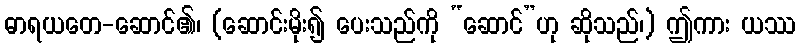
ဓာရယတေ-ဆောင်၏၊ (ဆောင်းမိုး၍ ပေးသည်ကို “ဆောင်”ဟု ဆိုသည်၊) ဤကား ယဿ